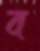
ব